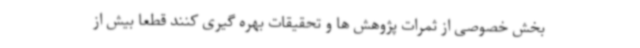
بخش خصوصی از ثمرات پژوهش ها و تحقیقات بهره گیری کنند قطعاً بیش از